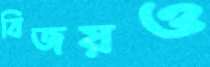
বিজয়ও